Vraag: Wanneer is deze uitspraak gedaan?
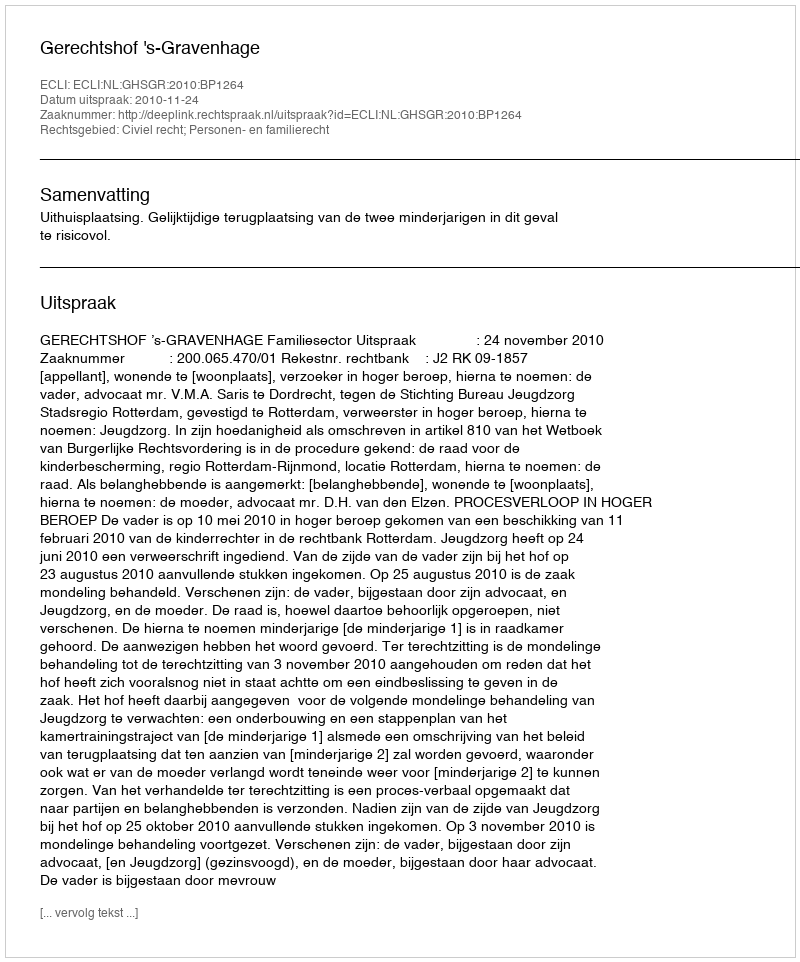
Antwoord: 2010-11-24